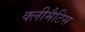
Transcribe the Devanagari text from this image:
क्लीमैटिस